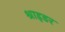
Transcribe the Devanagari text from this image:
श्राइडर